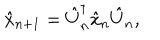
\hat { x } _ { n + 1 } = \hat { U } _ { n } ^ { \dagger } \hat { x } _ { n } \hat { U } _ { n } ,